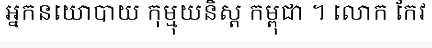
អ្នកនយោបាយ កុម្មុយនិស្ត កម្ពុជា ។ លោក កែវ